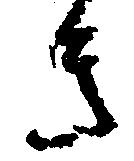
き